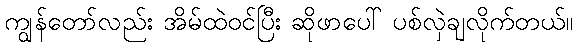
ကျွန်တော်လည်း အိမ်ထဲဝင်ပြီး ဆိုဖာပေါ် ပစ်လှဲချလိုက်တယ်။